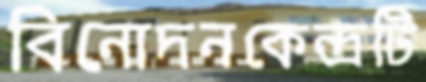
বিনোদনকেন্দ্রটি